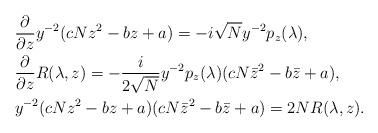
LaTeX: \begin{align*}&\frac{\partial}{\partial z} y^{-2}(cNz^2-bz+a)=-i\sqrt{N}y^{-2}p_z(\lambda),\\&\frac{\partial}{\partial z} R(\lambda,z) =-\frac{i}{2\sqrt{N}}y^{-2}p_z(\lambda)(cN\bar{z}^2-b\bar{z}+a),\\& y^{-2}(cNz^2-bz+a)(cN\bar{z}^2-b\bar{z}+a) = 2N R(\lambda,z).\end{align*}